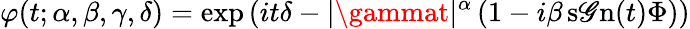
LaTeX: \varphi(t;\alpha,\beta,\gamma,\delta)=\exp\left(it\delta-|\gammat|^{\alpha}\left(1-i\beta\operatorname{s\mathscr{G}n}(t)\Phi\right)\right)